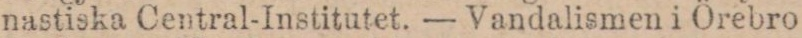
nastiska Central-Institutet. — Vandalismen i Örebro